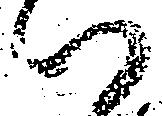
ハ